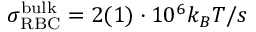
\sigma _ { \mathrm { R B C } } ^ { \mathrm { b u l k } } = 2 ( 1 ) \cdot 1 0 ^ { 6 } k _ { B } T / s